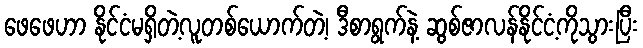
ဖေဖေဟာ နိုင်ငံမရှိတဲ့လူတစ်ယောက်တဲ့၊ ဒီစာရွက်နဲ့ ဆွစ်ဇာလန်နိုင်ငံ့ကိုသွားပြီး